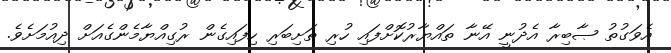
އެވަގުތު ޞާބިރާ އެދުނީ އޭނާ ތައްޔާރުކޮށްފައި ހުރި ތަށިބަރި ހިފައިގެން ރުގިއްޔާމެންގެއަށް ދިއުމަށެވެ.